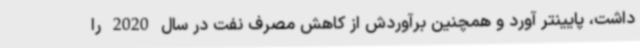
داشت، پایینتر آورد و همچنین برآوردش از کاهش مصرف نفت در سال 2020 را